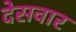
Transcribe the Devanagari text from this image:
देसवार